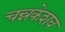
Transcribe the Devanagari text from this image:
चन्नकेशव